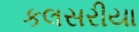
કલસરીયા